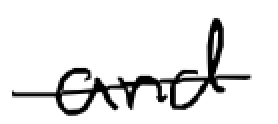
Text: and
Cross-out: single-line
Writing tool: digital_black